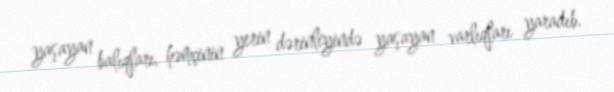
yaşayan balıqları, həmçinin yerin dərinliyində yaşayan varlıqları yaradıb.